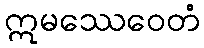
ဣမဿေဝေတံ